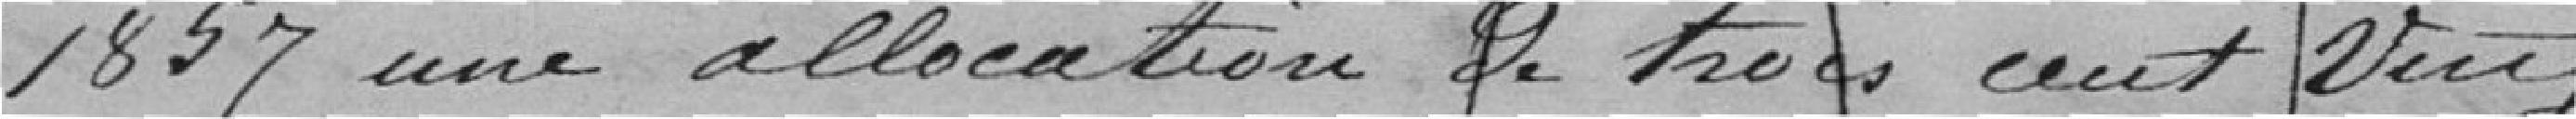
1857 une allocation de trois cent vingt